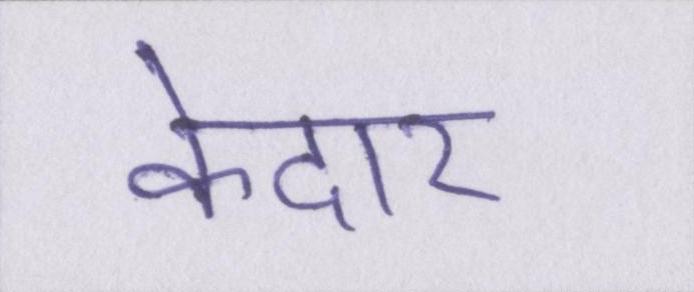
केदार